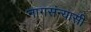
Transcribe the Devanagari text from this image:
नागसंन्यासी